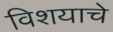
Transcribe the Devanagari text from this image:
विशयाचे